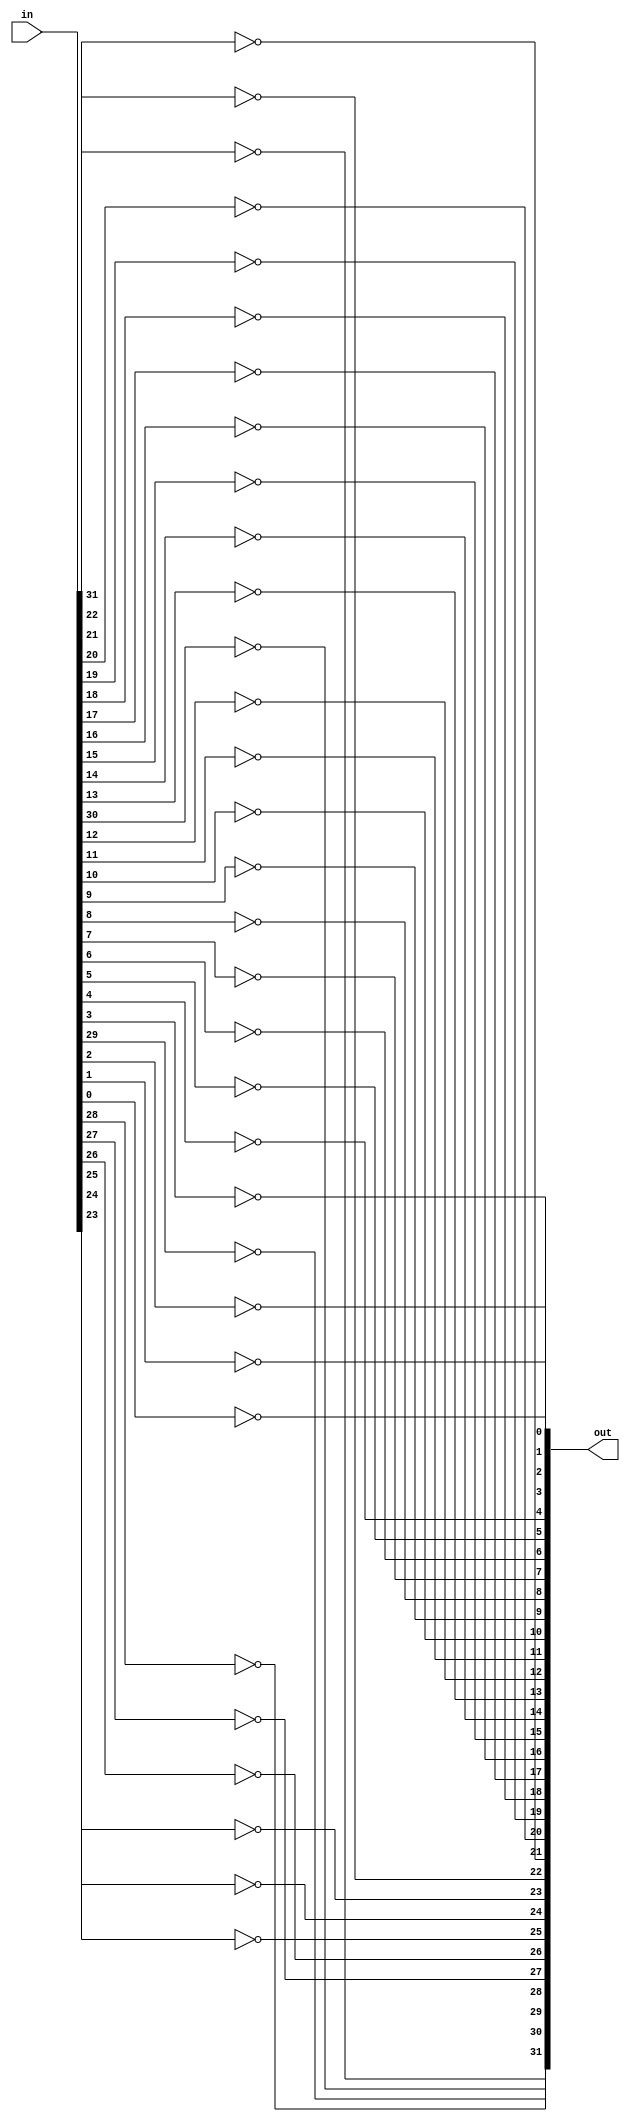
module not32(out, in);
    input [31:0] in;
    output [31:0] out;

    not not_in31(out[31], in[31]);
    not not_in30(out[30], in[30]);
    not not_in29(out[29], in[29]);
    not not_in28(out[28], in[28]);
    not not_in27(out[27], in[27]);
    not not_in26(out[26], in[26]);
    not not_in25(out[25], in[25]);
    not not_in24(out[24], in[24]);

    not not_in23(out[23], in[23]);
    not not_in22(out[22], in[22]);
    not not_in21(out[21], in[21]);
    not not_in20(out[20], in[20]);
    not not_in19(out[19], in[19]);
    not not_in18(out[18], in[18]);
    not not_in17(out[17], in[17]);
    not not_in16(out[16], in[16]);

    not not_in15(out[15], in[15]);
    not not_in14(out[14], in[14]);
    not not_in13(out[13], in[13]);
    not not_in12(out[12], in[12]);
    not not_in11(out[11], in[11]);
    not not_in10(out[10], in[10]);
    not not_in09(out[9] , in[9] );
    not not_in08(out[8] , in[8] );

    not not_in07(out[7] , in[7] );
    not not_in06(out[6] , in[6] );
    not not_in05(out[5] , in[5] );
    not not_in04(out[4] , in[4] );
    not not_in03(out[3] , in[3] );
    not not_in02(out[2] , in[2] );
    not not_in01(out[1] , in[1] );
    not not_in00(out[0] , in[0] );
endmodule